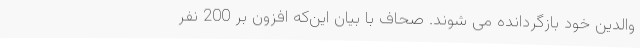
والدین خود بازگردانده می شوند. صحاف با بیان این‌که افزون بر 200 نفر